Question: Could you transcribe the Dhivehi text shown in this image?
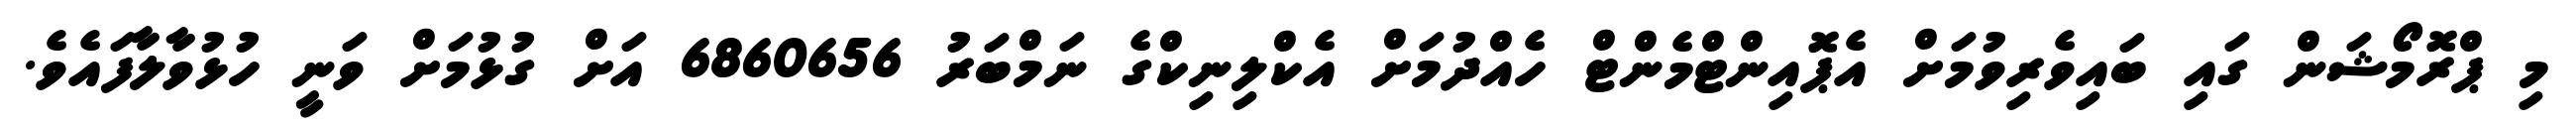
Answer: މި ޕްރޮމޯޝަން ގައި ބައިވެރިވުމަށް އެޕޮއިންޓްމެންޓް ހެއްދުމަށް އެކްލިނިކްގެ ނަމްބަރު 6860656 އަށް ގުޅުމަށް ވަނީ ހުޅުވާލާފައެވެ.